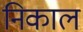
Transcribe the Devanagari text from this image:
निकाल